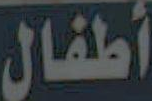
أطفال